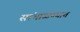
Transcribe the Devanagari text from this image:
सांभाळण्यात